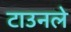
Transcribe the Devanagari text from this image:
टाउनले